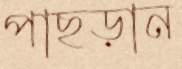
পাছড়ান